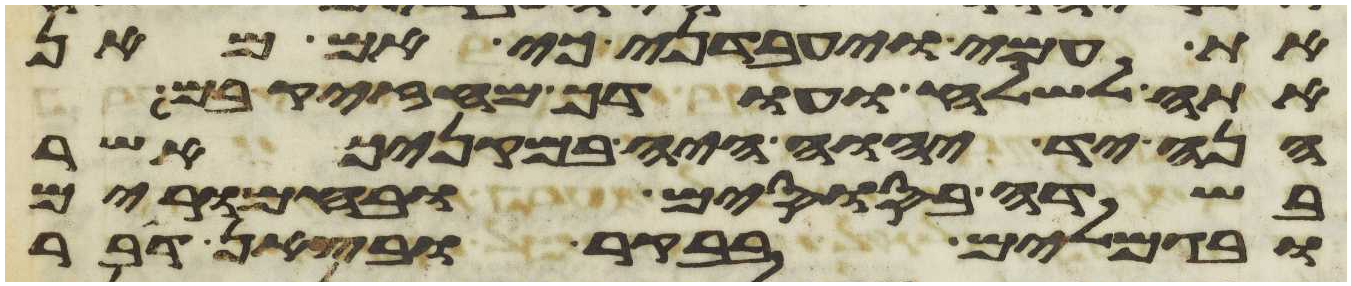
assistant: את עמי ויעבדני כי אם מאן
אתה לשלח ועודך מחזק בם
הנה יד יהוה היה במקניך אשר
בשדה בסוסים ובחמרים
ובגמלים בבקר ובצאן דבר